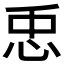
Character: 𢘗